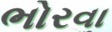
ભોરવા